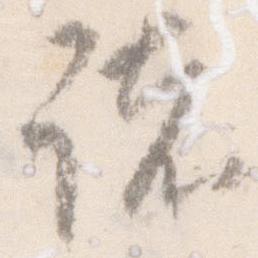
諸